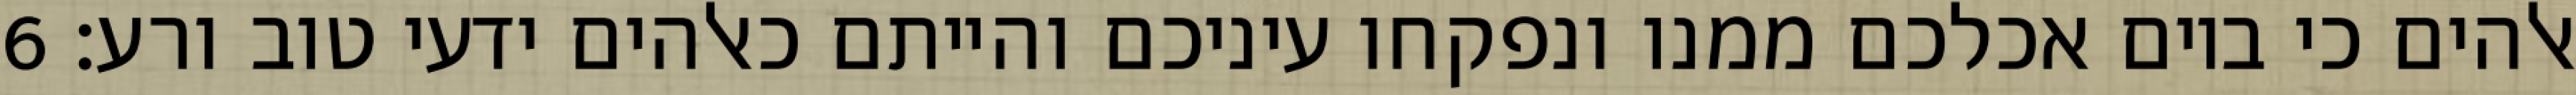
אלהים כי ביום אכלכם ממנו ונפקחו עיניכם והייתם כאלהים ידעי טוב ורע׃ ‎6‏